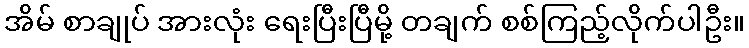
အိမ် စာချုပ် အားလုံး ရေးပြီးပြီမို့ တချက် စစ်ကြည့်လိုက်ပါဦး။